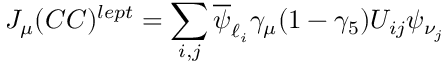
J _ { \mu } ( C C ) ^ { l e p t } = \sum _ { i , j } \overline { { { \psi } } } _ { \ell _ { i } } \gamma _ { \mu } ( 1 - \gamma _ { 5 } ) U _ { i j } \psi _ { \nu _ { j } }